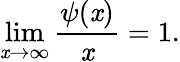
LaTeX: \operatorname*{lim}_{\mathit{x}\to\infty}{\frac{{\psi(\mathit{x})}}{{\mathit{x}}}}=1.